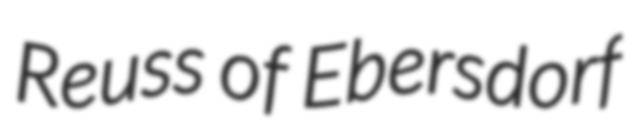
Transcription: Reuss of Ebersdorf